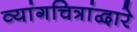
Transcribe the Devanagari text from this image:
व्यांगचित्रांद्वारे